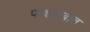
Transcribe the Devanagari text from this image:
पोशाखात